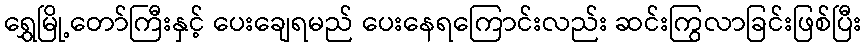
ရွှေမြို့တော်ကြီးနှင့် ပေးချေရမည် ပေးနေရကြောင်းလည်း ဆင်းကြွလာခြင်းဖြစ်ပြီး